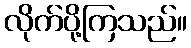
လိုက်ပို့ကြသည်။